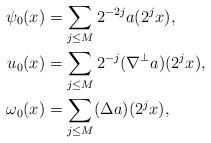
LaTeX: \begin{align*} \psi_0(x) & = \sum_{ j\le M} 2^{-2j} a(2^j x), \\ u_0(x) & = \sum_{j \le M} 2^{-j} (\nabla^{\perp} a)(2^j x), \\ \omega_0(x) & = \sum_{j \le M} ({\Delta a})(2^j x), \end{align*}